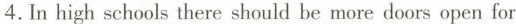
4.In high schools there should be more doors open for